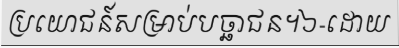
ប្រយោជន៍សម្រាប់បច្ឆាជន។៦-ដោយ